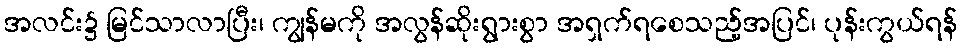
အလင်း၌ မြင်သာလာပြီး၊ ကျွန်မကို အလွန်ဆိုးရွားစွာ အရှက်ရစေသည့်အပြင်၊ ပုန်းကွယ်ရန်